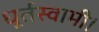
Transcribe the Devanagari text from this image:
धूर्तस्वामी।